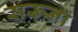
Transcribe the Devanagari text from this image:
सरूना